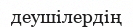
деушілердің